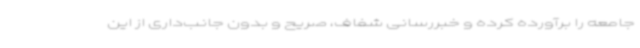
جامعه را برآورده کرده و خبررسانی شفاف، صریح و بدون جانب‌داری از این